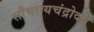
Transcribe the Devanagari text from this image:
सौभाग्यचंद्रोदय